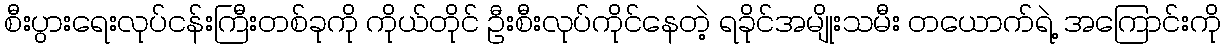
စီးပွားရေးလုပ်ငန်းကြီးတစ်ခုကို ကိုယ်တိုင် ဦးစီးလုပ်ကိုင်နေတဲ့ ရခိုင်အမျိုးသမီး တယောက်ရဲ့ အကြောင်းကို